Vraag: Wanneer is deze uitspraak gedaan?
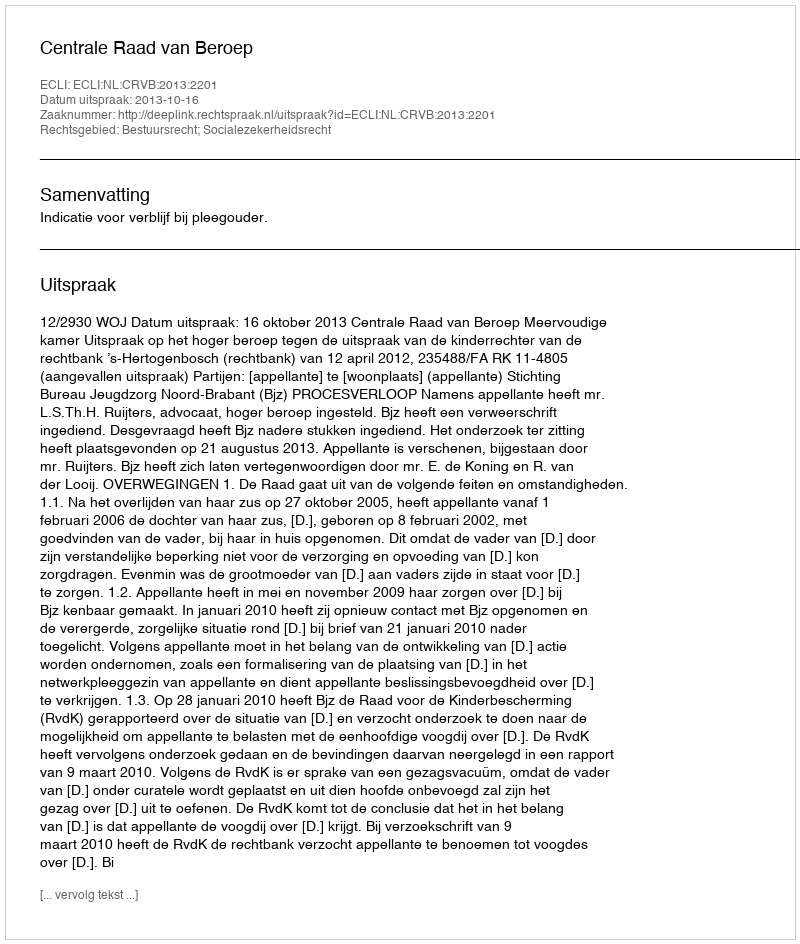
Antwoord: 2013-10-16